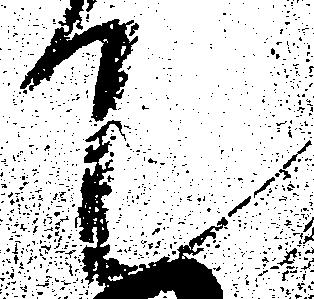
て